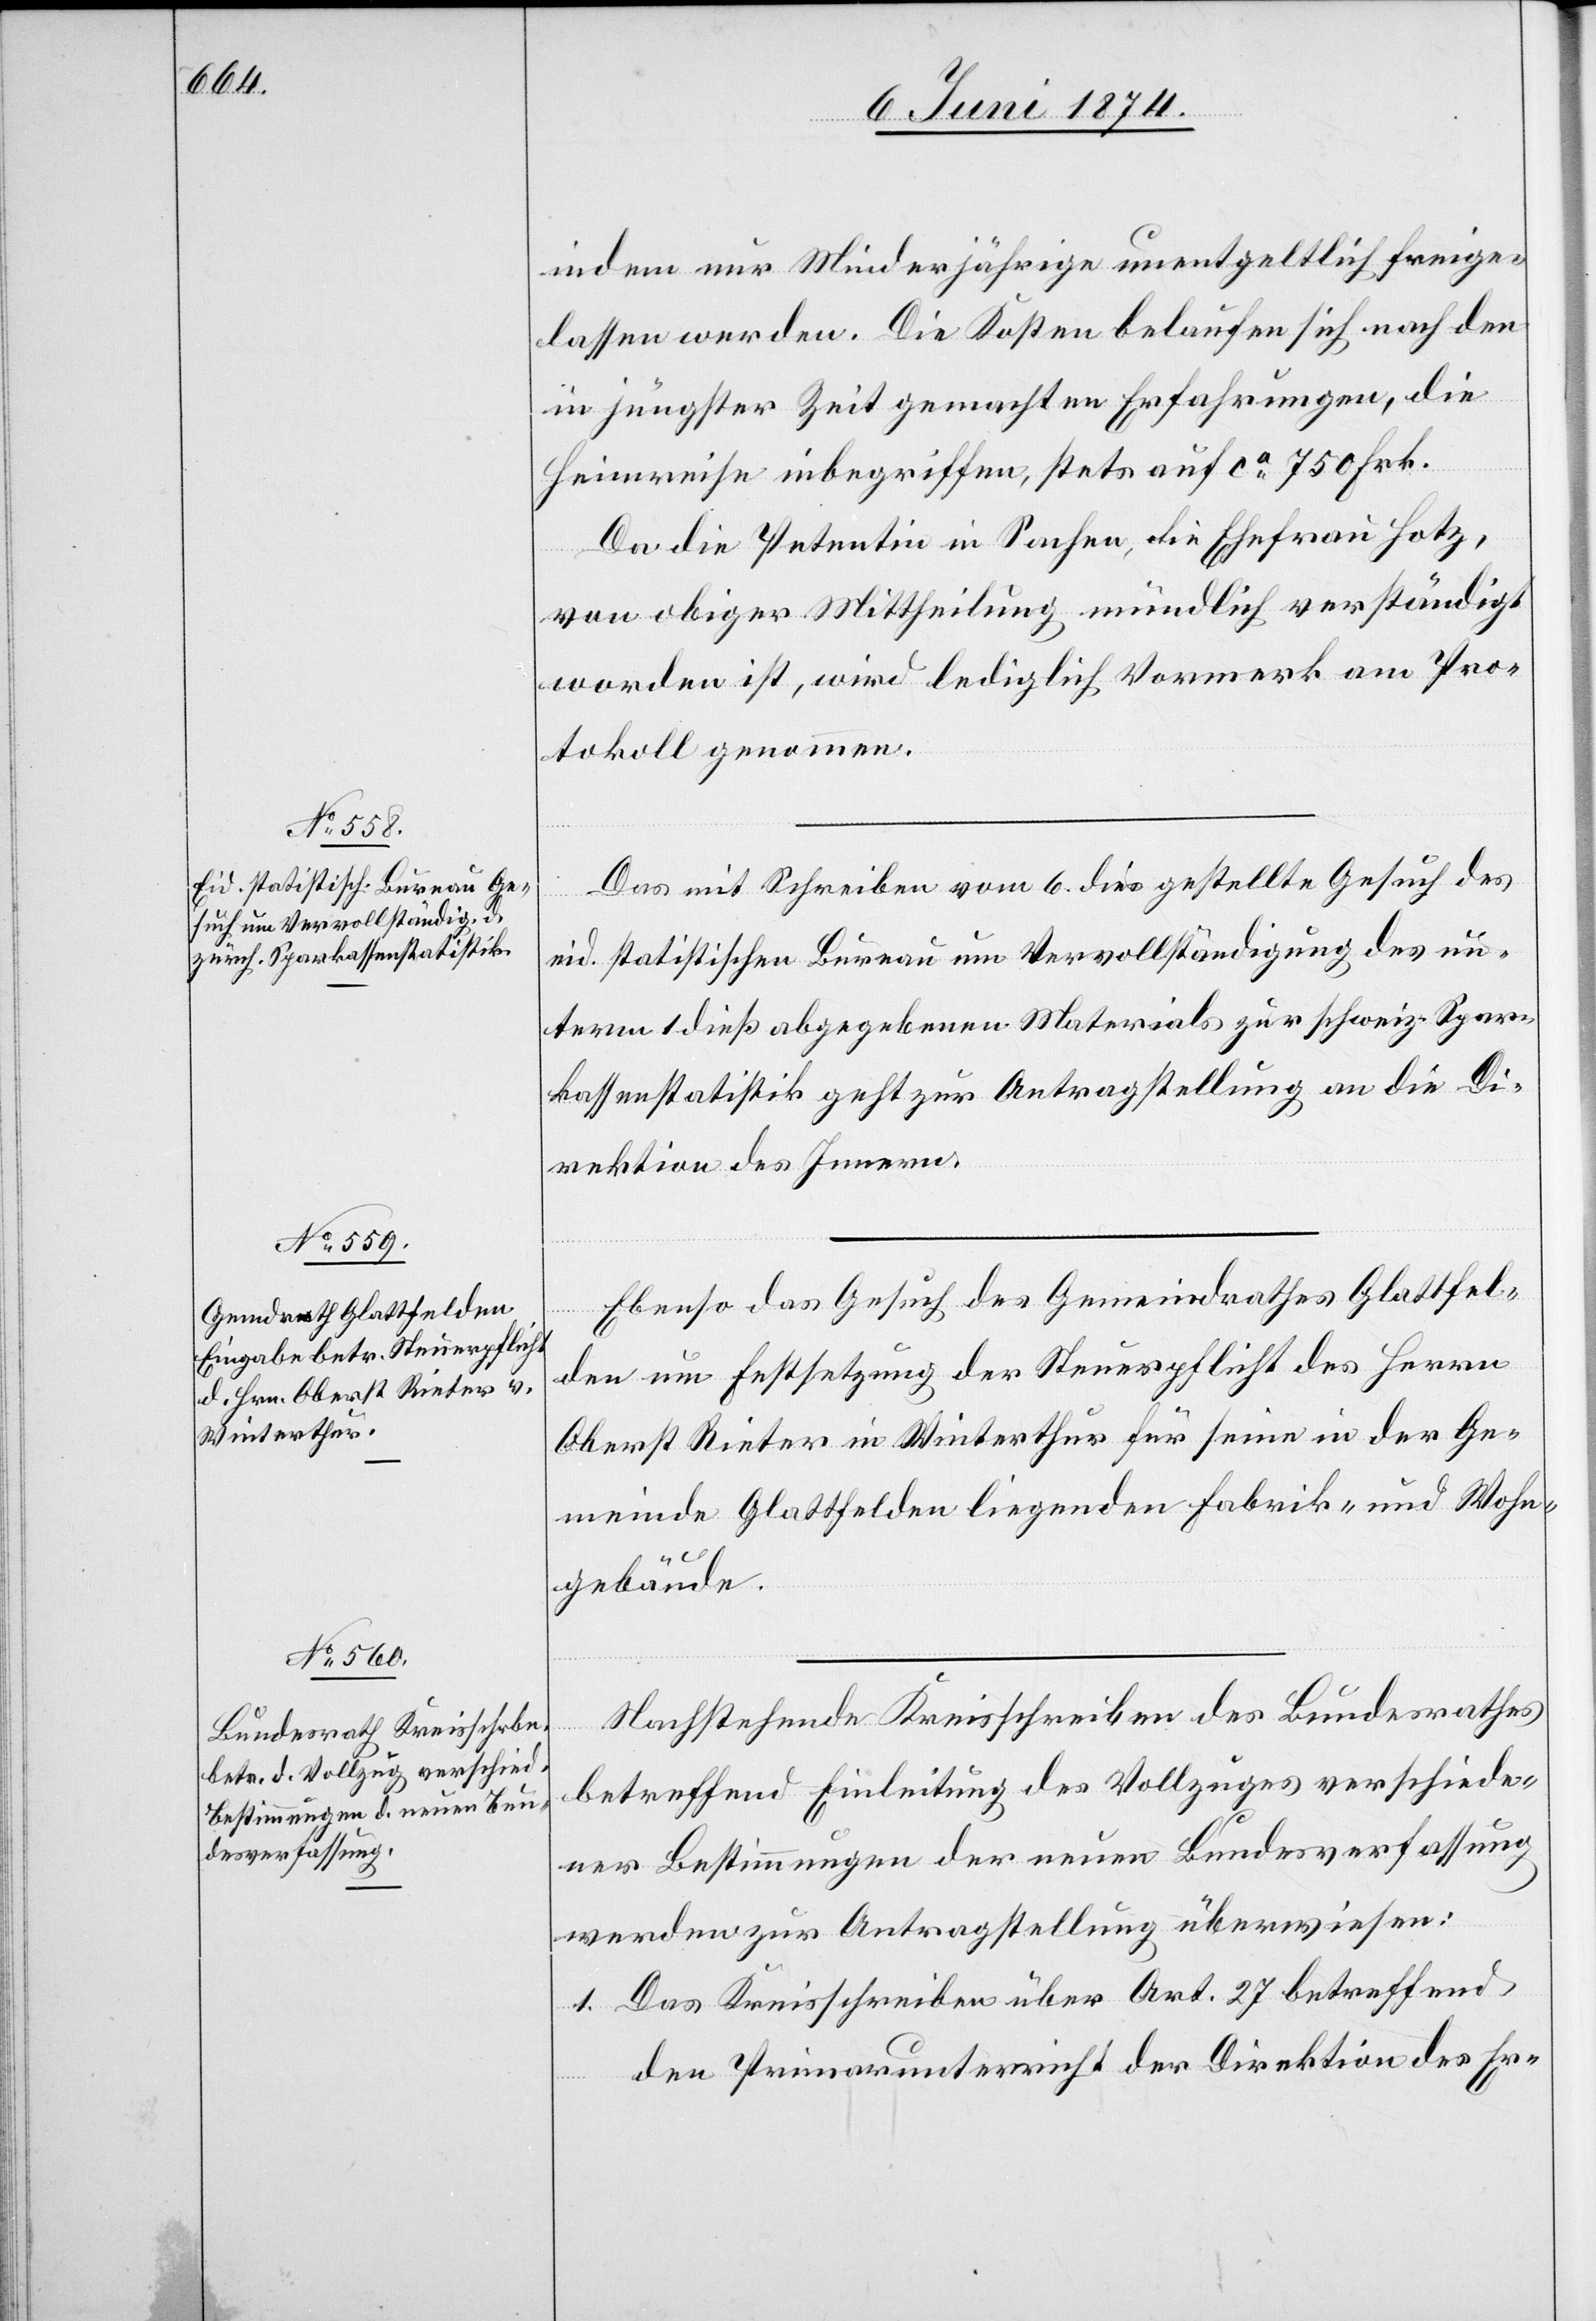
8. Juni 1874.]
indem nur Minderjährige unentgeltlich freige¬
lassen werden. Die Kosten belaufen sich nach den
in jüngster Zeit gemachten Erfahrungen, die
Heimreise inbegriffen, stets auf ca 750 Frk.
Da die Petentin in Sachen, die Ehefrau Hotz,
von obiger Mittheilung mündlich verständigt
worden ist, wird lediglich Vormerk am Pro¬
tokoll genommen.
Das mit Schreiben vom 6. dies gestellte Gesuch des
eid. statistischen Bureau um Vervollständigung des un¬
term 1. dieß abgegebenen Materials zur schweiz. Spar¬
kassenstatistik geht zur Antragstellung an die Di¬
rektion des Innern.
Ebenso das Gesuch des Gemeindrathes Glattfel¬
den um Festsetzung der Steuerpflicht des Herrn
Oberst Rieter in Winterthur für seine in der Ge¬
meinde Glattfelden liegenden Fabrik- und Wohn¬
gebäude.
Nachstehende Kreisschreiben des Bundesrathes
betreffend Einleitung des Vollzuges verschiede¬
ner Bestimmungen der neuen Bundesverfassung
werden zur Antragstellung überweisen:
1. Das Kreisschreiben über Art. 27 betreffend
den Primarunterricht der Direktion des Er-